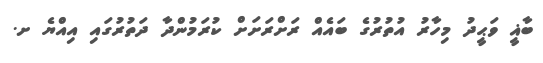
ބާޣީ ވަޙީދު މިހާރު އުތުރުގެ ބައެއް ރަށްރަށަށް ކުރަމުންދާ ދަތުރުގައި އިއްޔެ ށ.